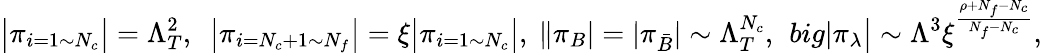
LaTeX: \big|\pi_{i=1\sim N_{c}}\big|=\Lambda_{T}^{2},\ \ \big|\pi_{i=N_{c}+1\sim N_{f}}\big|=\xi\big|\pi_{i=1\sim N_{c}}\big|,\ \| \pi_{B}|=|\pi_{\bar{B}}|\sim\Lambda_{T}^{N_{c}},\ \, big|\pi_{\lambda}\big|\sim\Lambda^{3}\xi^{\frac{\rho+N_{f}-N_{c}}{N_{f}-N_{c}}},